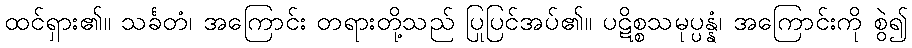
ထင်ရှား၏။ သင်္ခတံ၊ အကြောင်း တရားတို့သည် ပြုပြင်အပ်၏။ ပဋိစ္စသမုပ္ပန္နံ၊ အကြောင်းကို စွဲ၍